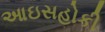
આઇસહોકી